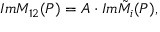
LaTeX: I m M _ { 1 2 } ( P ) = { \cal A } \cdot I m { \tilde { \cal M } } _ { i } ( P ) ,